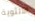
الأنثوية